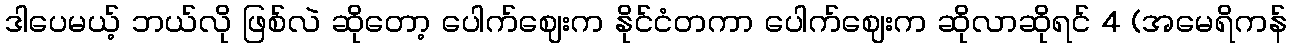
ဒါပေမယ့် ဘယ်လို ဖြစ်လဲ ဆိုတော့ ပေါက်ဈေးက နိုင်ငံတကာ ပေါက်ဈေးက ဆိုလာဆိုရင် 4 (အမေရိကန်